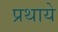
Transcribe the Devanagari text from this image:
प्रथाये